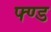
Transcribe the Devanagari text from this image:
फ्ण्ड